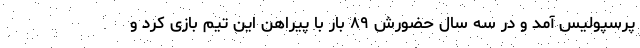
پرسپولیس آمد و در سه سال حضورش ۸۹ بار با پیراهن این تیم بازی کرد و